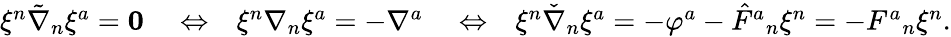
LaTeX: \begin{array}{rlrlr}{\xi^{n}\tilde{\nabla}_{n}\xi^{a}=\mathbf{0}}&{{}\Leftrightarrow}&{\xi^{n}\nabla_{n}\xi^{a}=-\nabla^{a}}&{{}\Leftrightarrow}&{\xi^{n}\check{\nabla}_{n}\xi^{a}=-\varphi^{a}-\hat{F}{}^{a}{}_{n}\xi^{n}=-F^{a}{}_{n}\xi^{n}.}\end{array}